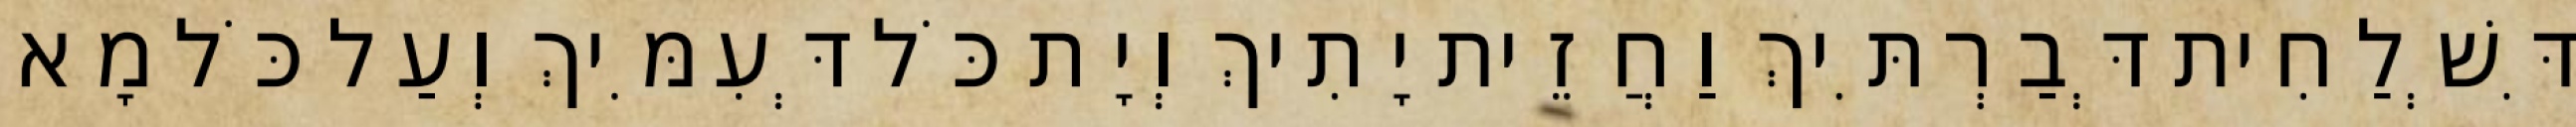
דִּשְׁלַחִית דְּבַרְתִּיךְ וַחֲזֵית יָתִיךְ וְיָת כֹּל דְּעִמִּיךְ וְעַל כֹּל מָא